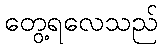
တွေ့ရလေသည်